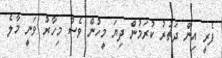
ފެރީ އިން ދަތުރު ކުރަމުން ދިޔަ މީހުން ވެސް މިހާރު ވަނީ މާލެ